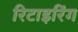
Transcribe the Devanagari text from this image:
रिटाइरिंग